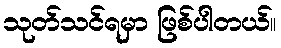
သုတ်သင်ရမှာ ဖြစ်ပါတယ်။